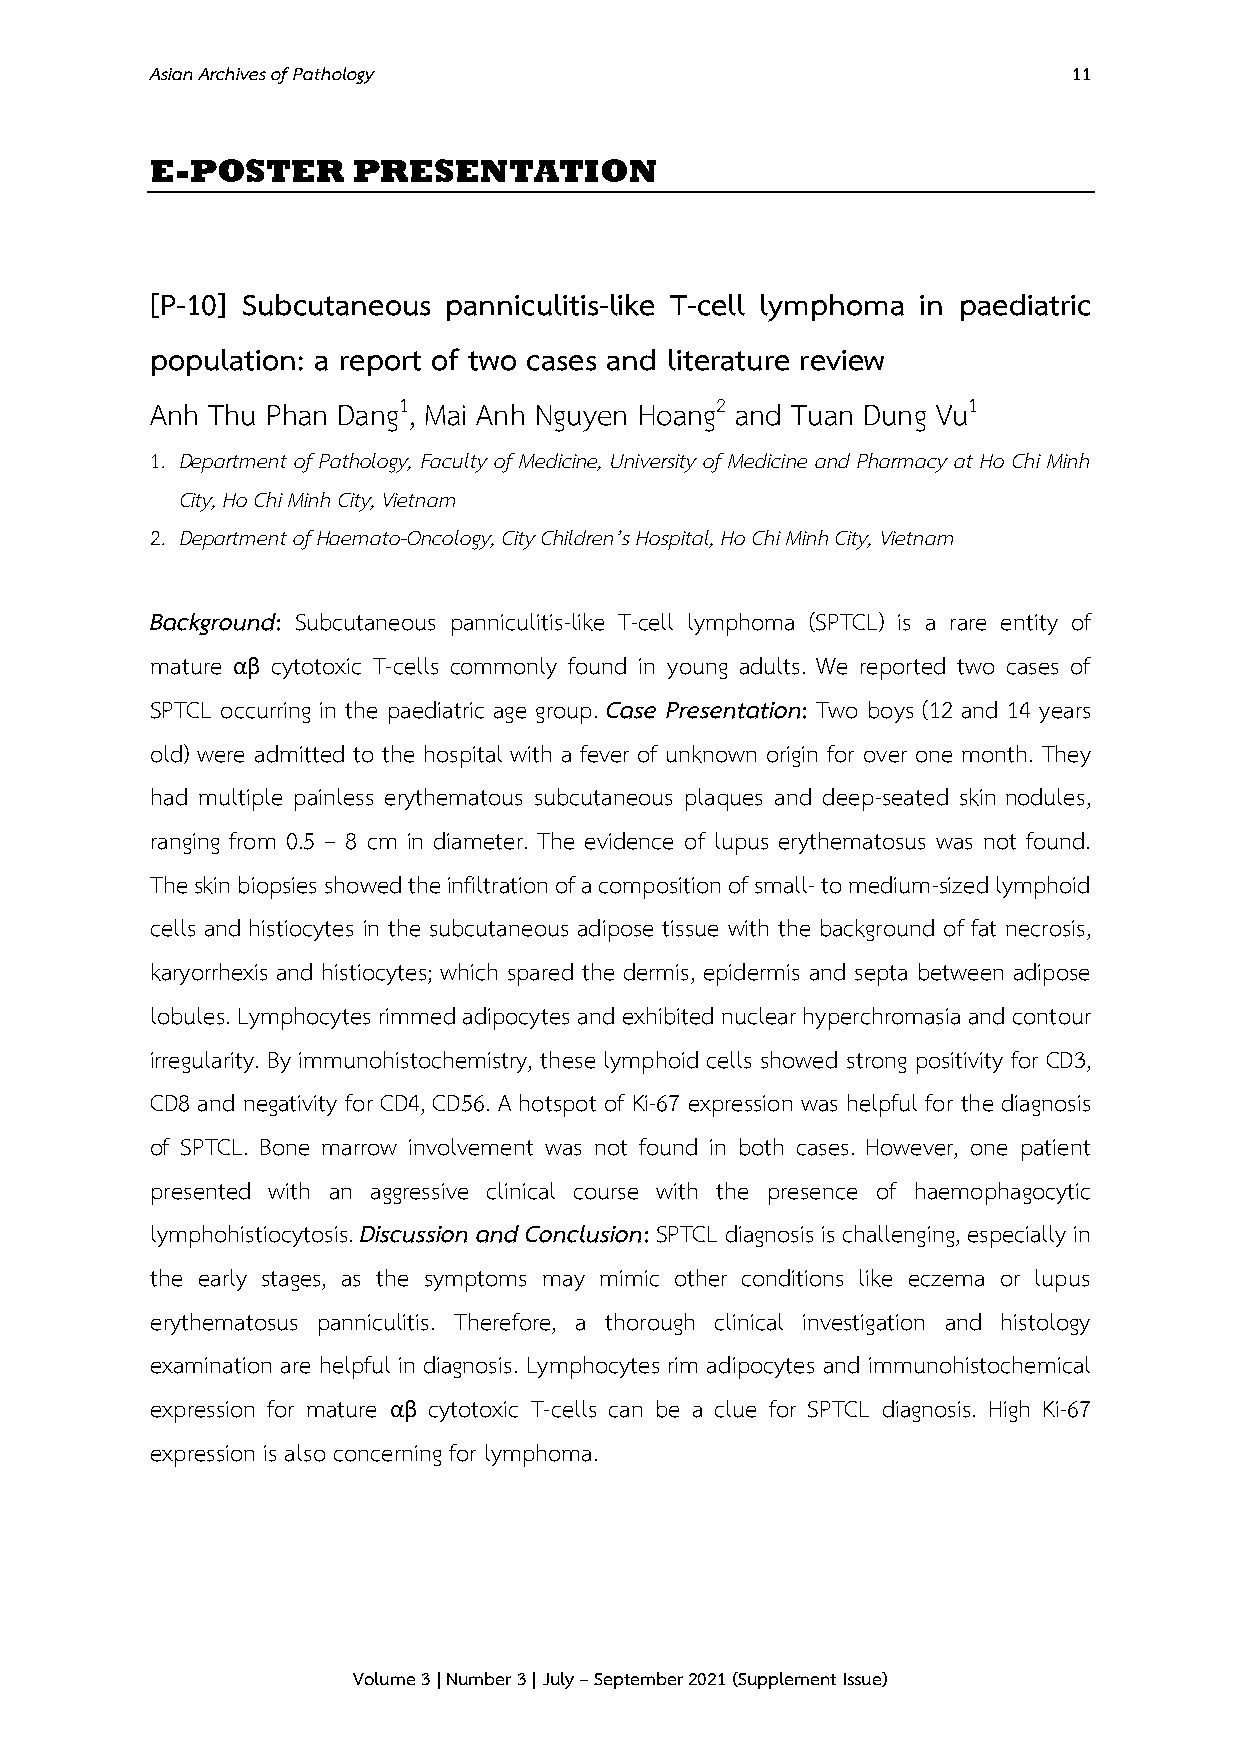
Asian Archives of Pathology                                  11
 E-POSTER     PRESENTATION
 [P-10] Subcutaneous panniculitis-like T-cell lymphoma in paediatric
 population: a report of two cases and literature review
 Anh Thu Phan Dang1, Mai Anh Nguyen Hoang2 and Tuan Dung Vu1
 1. Department of Pathology, Faculty of Medicine, University of Medicine and Pharmacy at Ho Chi Minh
 City, Ho Chi Minh City, Vietnam
 2. Department of Haemato-Oncology, City Children’s Hospital, Ho Chi Minh City, Vietnam
 Background: Subcutaneous panniculitis-like T-cell lymphoma (SPTCL) is a rare entity of
 mature αβ cytotoxic T-cells commonly found in young adults. We reported two cases of
 SPTCL occurring in the paediatric age group. Case Presentation: Two boys (12 and 14 years
 old) were admitted to the hospital with a fever of unknown origin for over one month. They
 had multiple painless erythematous subcutaneous plaques and deep-seated skin nodules,
 ranging from 0.5 – 8 cm in diameter. The evidence of lupus erythematosus was not found.
 The skin biopsies showed the infiltration of a composition of small- to medium-sized lymphoid
 cells and histiocytes in the subcutaneous adipose tissue with the background of fat necrosis,
 karyorrhexis and histiocytes; which spared the dermis, epidermis and septa between adipose
 lobules. Lymphocytes rimmed adipocytes and exhibited nuclear hyperchromasia and contour
 irregularity. By immunohistochemistry, these lymphoid cells showed strong positivity for CD3,
 CD8 and negativity for CD4, CD56. A hotspot of Ki-67 expression was helpful for the diagnosis
 of SPTCL. Bone marrow involvement was not found in both cases. However, one patient
 presented with an aggressive clinical course with the presence of haemophagocytic
 lymphohistiocytosis. Discussion and Conclusion: SPTCL diagnosis is challenging, especially in
 the early stages, as the symptoms may mimic other conditions like eczema or lupus
 erythematosus panniculitis. Therefore, a thorough clinical investigation and histology
 examination are helpful in diagnosis. Lymphocytes rim adipocytes and immunohistochemical
 expression for mature αβ cytotoxic T-cells can be a clue for SPTCL diagnosis. High Ki-67
 expression is also concerning for lymphoma.
 Volume 3 | Number 3 | July – September 2021 (Supplement Issue)